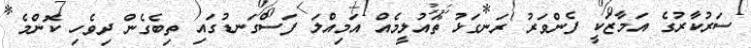
ސަރުކާރުގެ އަމާޒަކީ ފެންވަރު ރަނގަޅު ތައުލީމެއް އަމިއްލަ ފަސްގަނޑުގައި ތިބެގެން ދިވެހި ކޮންމެ